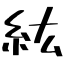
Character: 紘